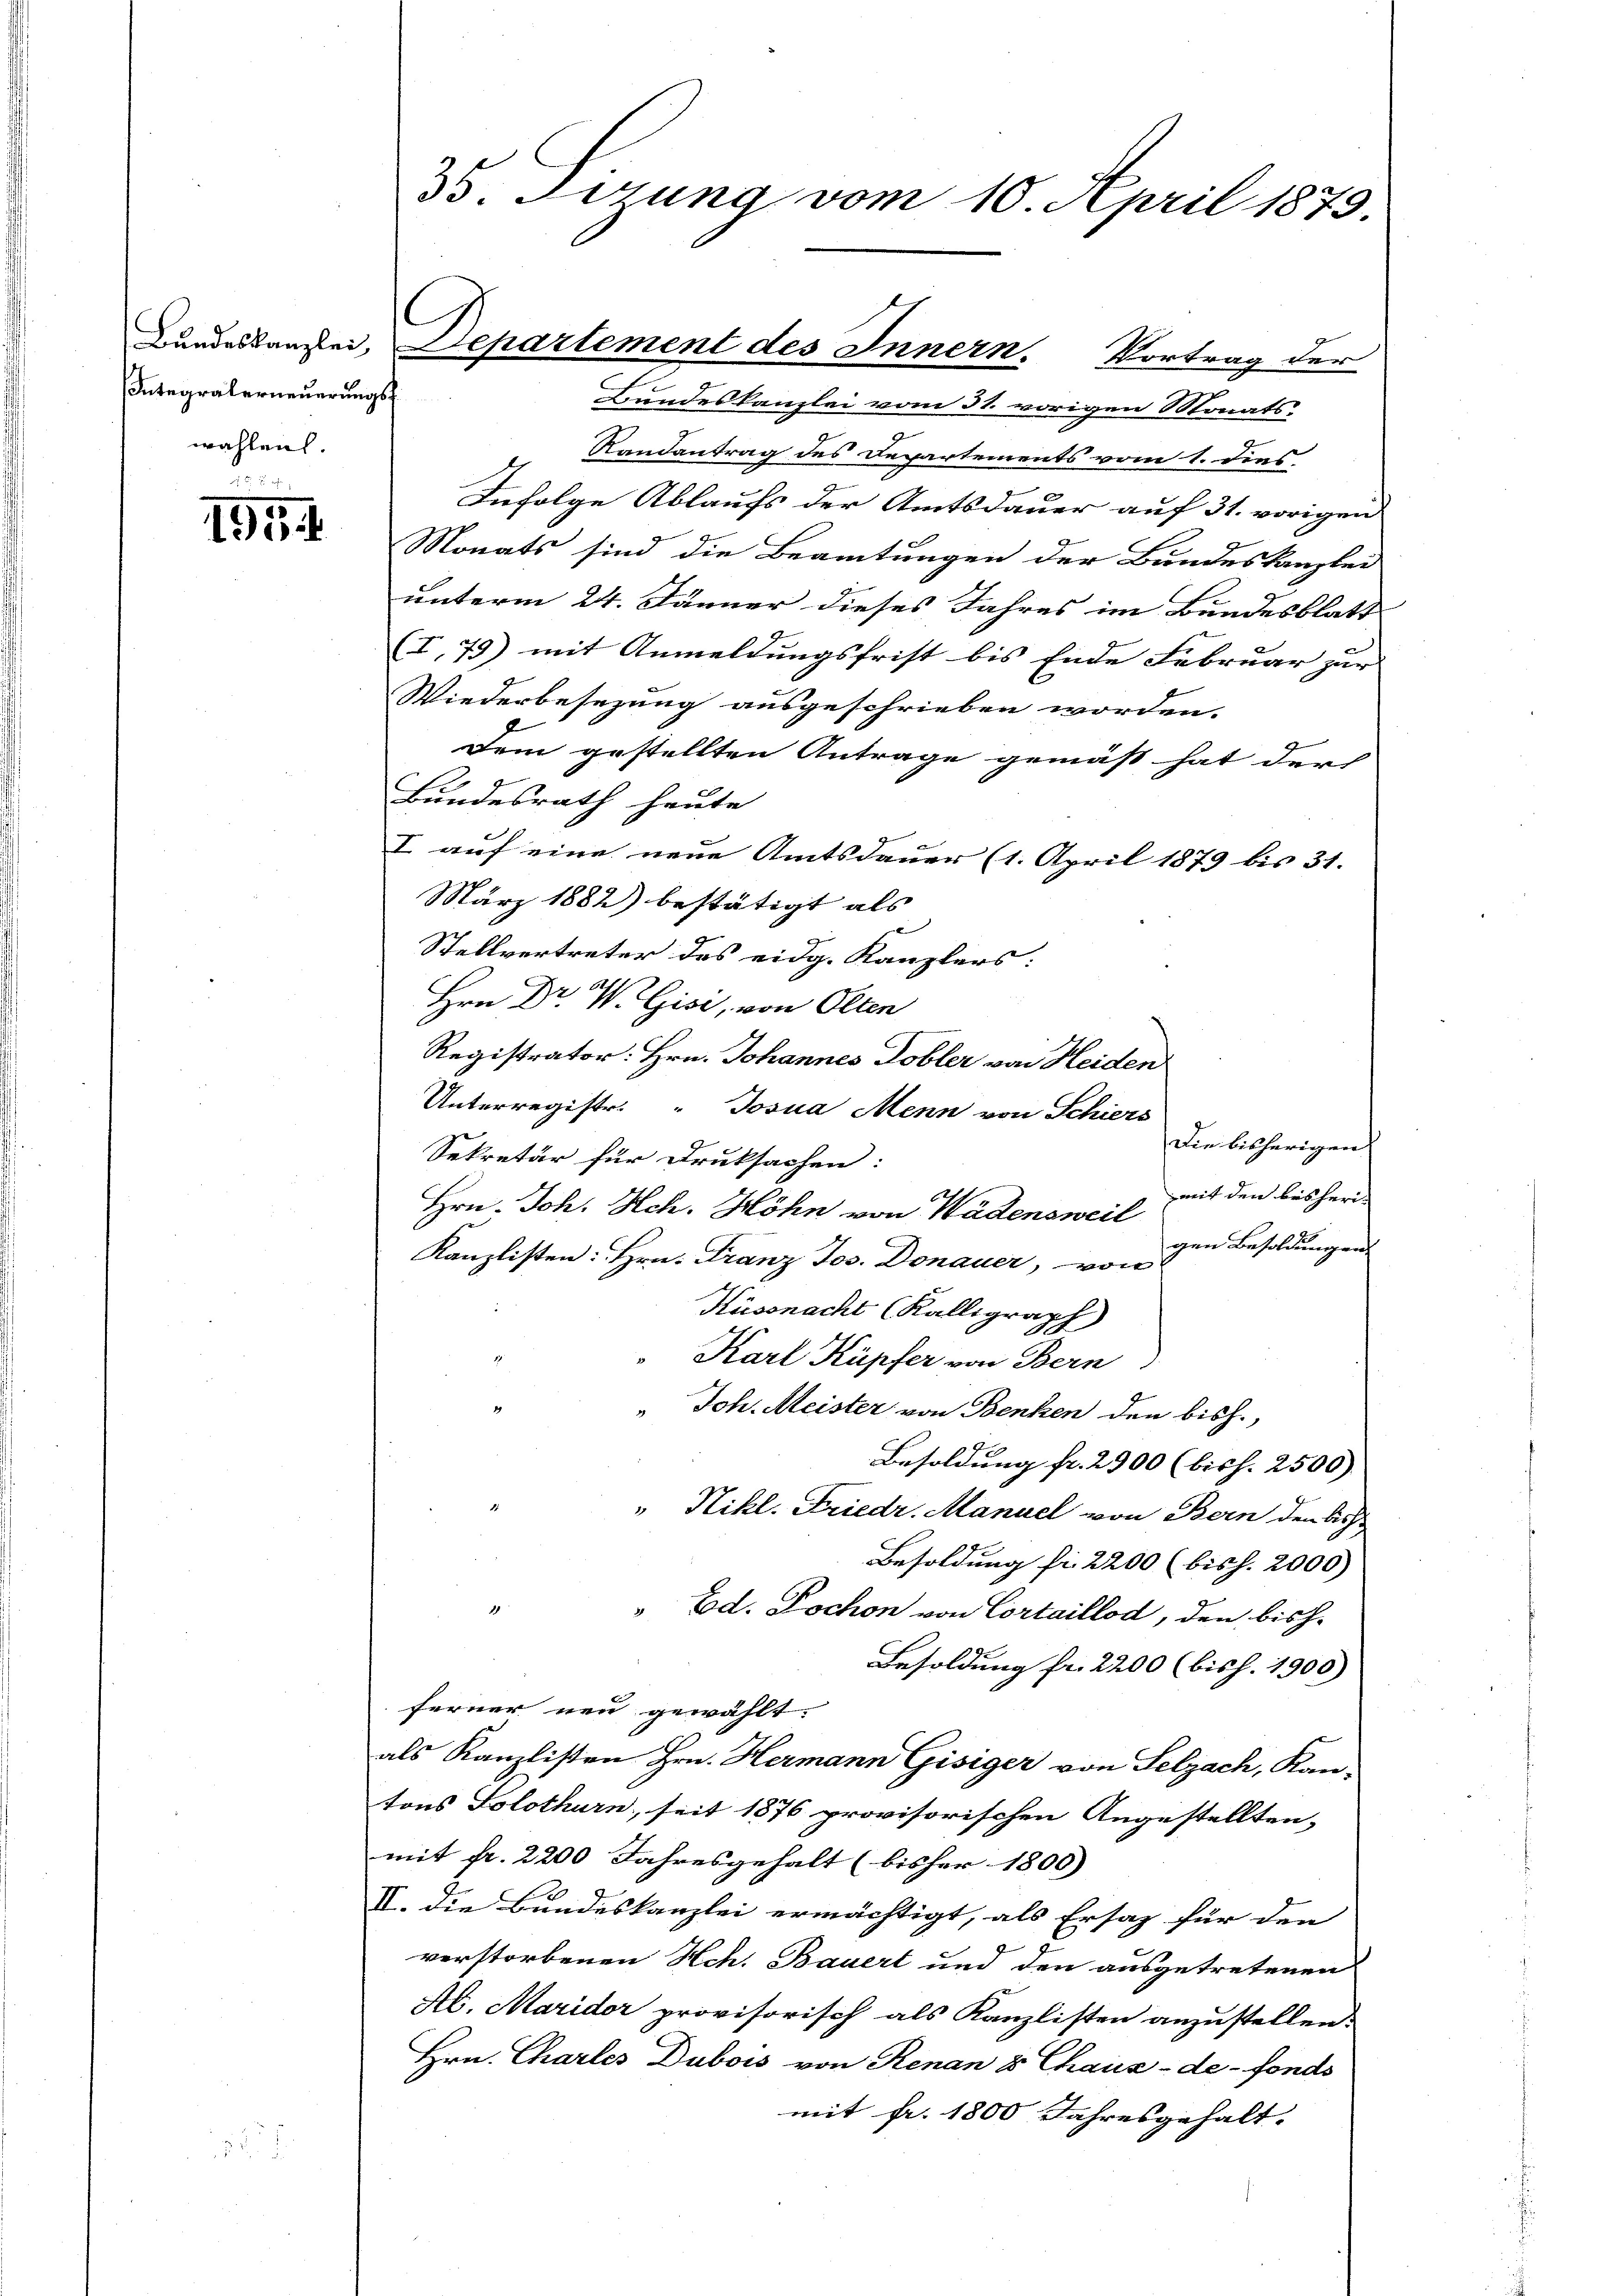
Integralerneuerungsf
wahlen.

d
195

35. Sezung vom 10. April 1879.

Bundeskanzlei vom 31. vorigen Monats-
Randantrag des Departements vom 1. dies
a
Infolge Ablaufs der Amtsdauer auf 31. vorigen
Monats sind die Beamtungen der Bundeskanzlei
unterm 24. Jänner dieses Jahres im Bundesblatt
(I,79) mit Anmeldungsfrist bis Ende Februar zur
Wiederbesezung ausgeschrieben worden.
Dem gestellten Antrage gemäß hat der
Bundesrath heute
I auf eine neue Amtsdauer (1. April 1879 bis 31.
März 1882) bestätigt als
Stellvertreter des eidg. Kanzlers:
Hrn Dr. W. Gisi, von Olten
Registrator. Hrn. Johannes Tobler von Heiden
Unterregistr. " Josua Menn von Schiers
Die bisherigen
Sekretär für Druksachen:
mit den bisheri¬
Hrn. Joh. Hch. Höhn von Wädensweil
gen Besoldungen.
Kanzlisten: Hrn. Franz Jos. Donauer, von
Küssnacht (Kalligraph
Karl Küpfer von Bern
" Joh. Meister von Benken den bish
Besoldung fr. 2900 (bish. 2500)
" Nikl. Friedr. Manuel von Bern den bish
Besoldung fü 2200 (bish. 2000)
" Ed. Lochon von Cortaillod, den bishe
Besoldung fr. 2200 (bis h. 1900)
ferner neu gewählt.
als Kanzlisten Hrn. Hermann Gisiger von Selzach, Kan-
tons Solothurn, seit 1876 provisorischen Angestellten,
mit fr. 2200 Jahresgehalt (bisher 1800) |
II. Die Bundeskanzlei ermächtigt, als Ersaz für den
verstorbenen Hch. Bauert und den ausgetretenen
Ab. Maridor provisorisch als Kanzlisten anzustellen.
Hrn. Charles Dubois von Renan 8 Chaux-de-Fonds
mit fr. 1800 Jahresgehalt.

Bandesbanger, Departement des Innern. Vortrag der